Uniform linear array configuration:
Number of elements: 4
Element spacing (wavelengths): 0.5
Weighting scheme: cosine
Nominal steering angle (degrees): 45
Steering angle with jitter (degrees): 46.389
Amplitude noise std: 0.05
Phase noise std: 0.05

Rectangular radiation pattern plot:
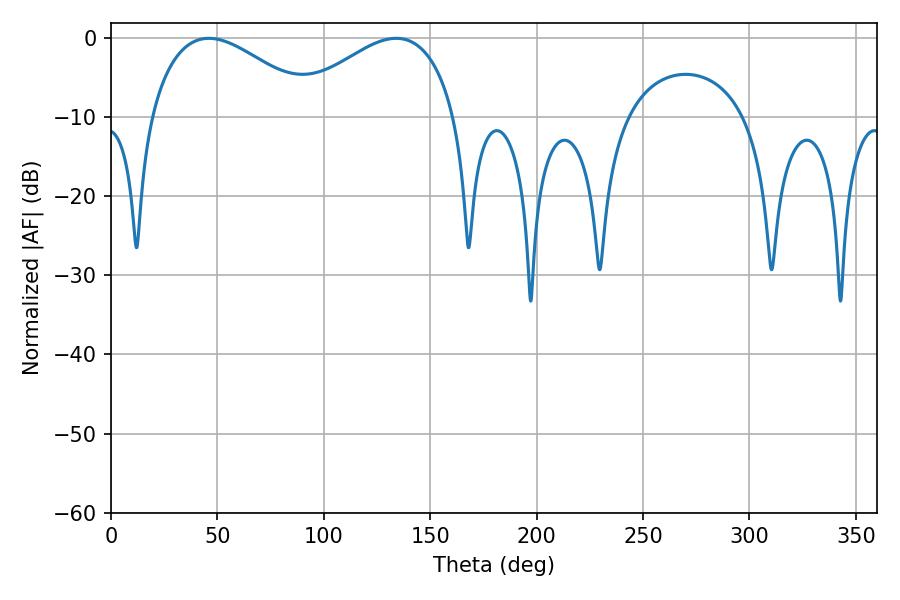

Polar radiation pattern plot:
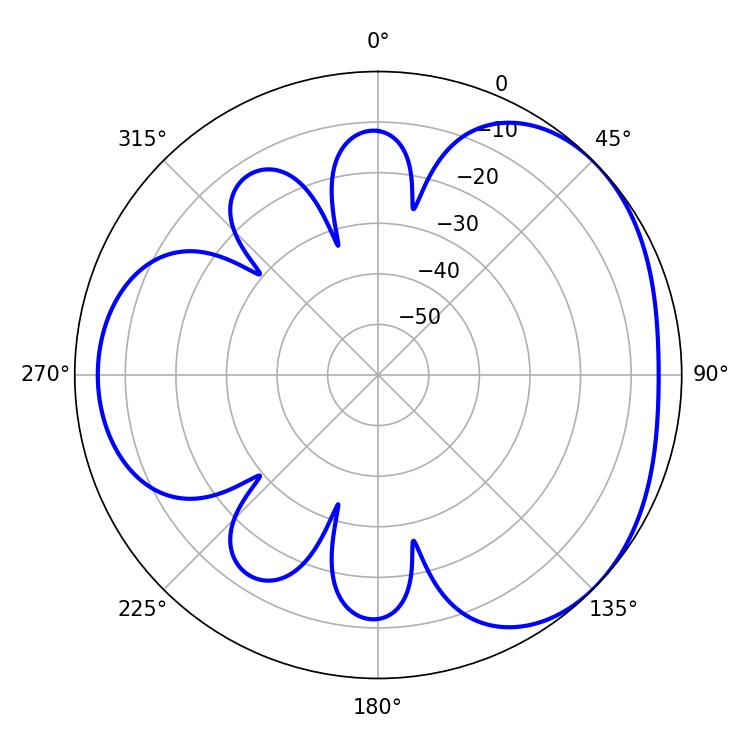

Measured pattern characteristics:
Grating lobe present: FALSE
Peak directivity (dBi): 3.371
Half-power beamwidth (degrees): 42.84
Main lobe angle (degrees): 45.9